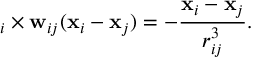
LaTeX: { \bf \nabla } _ { i } \times { \bf w } _ { i j } ( { \bf x } _ { i } - { \bf x } _ { j } ) = - \frac { { \bf x } _ { i } - { \bf x } _ { j } } { r _ { i j } ^ { 3 } } .